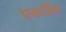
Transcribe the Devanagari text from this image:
एकत्रित